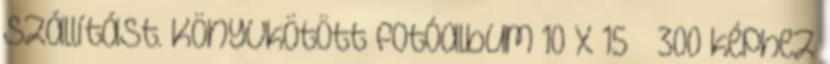
szállítást. Könyvkötött fotóalbum 10 x 15 300 képhez